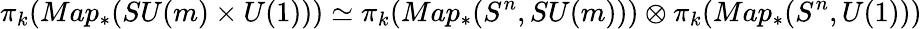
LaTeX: \pi_{k}(Map_{\ast}(SU(m)\times U(1)))\simeq\pi_{k}(Map_{\ast}(S^{n},SU(m)))\otimes\pi_{k}(Map_{\ast}(S^{n},U(1)))